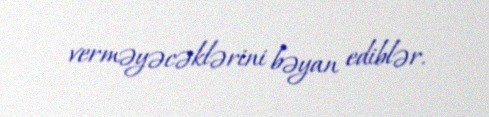
verməyəcəklərini bəyan ediblər.